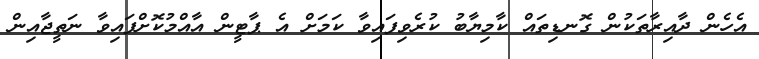
އެހެން ދާއިރާތަކުން ގޮނޑިތައް ކާމިޔާބު ކުރެވިފައިވާ ކަމަށް އެ ޕާޓީން އާއްމުކޮށްފައިވާ ނަތީޖާއިން